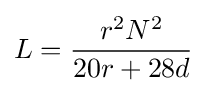
L={\frac {r^{2}N^{2}}{20r+28d}}